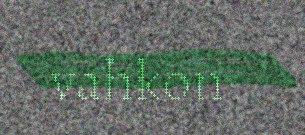
vahkon